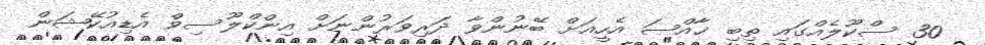
30 ސްކޫލެއްގައި ތިބި ޚާއްޞަ އެހީއަށް ބޭނުންވާ ދަރިވަރުންނަށް އިންކްލޫސިވް އެޑިއުކޭޝަން